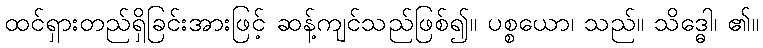
ထင်ရှားတည်ရှိခြင်းအားဖြင့် ဆန့်ကျင်သည်ဖြစ်၍။ ပစ္စယော၊ သည်။ သိဒ္ဓေါ၊ ၏။